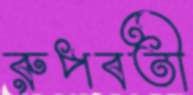
রুপবতী